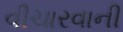
વીચારવાની